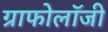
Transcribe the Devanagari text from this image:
ग्राफोलॉजी